Lunatic asylums Central Provinces reports 1895-1909 - 1895-1909
Year: 1895
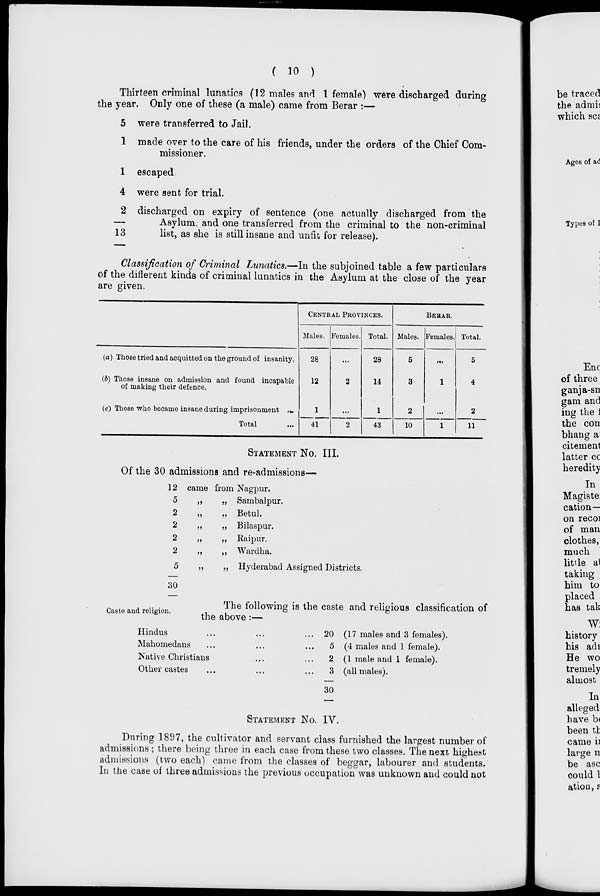
( 10 )
Thirteen criminal lunatics (12 males and 1 female) were discharged during
the year. Only one of these (a male) came from Berar :—
5
1
1
4
2
13
were transferred to Jail.
made over to the care of his friends, under the orders of the Chief Com-
missioner.
escaped
were sent for trial.
discharged on expiry of sentence (one actually discharged from the
Asylum, and one transferred from the criminal to the non-criminal
list, as she is still insane and unfit for release).
Classification of Criminal Lunatics.—In the subjoined table a few particulars
of the different kinds of criminal lunatics in the Asylum at the close of the year
are given.
(a) Those tried and acquitted on the ground of insanity,
(b) Those insane on admission and found incapable
of making their defence.
(c) Those who became insane during imprisonment ...
Total ...
CENTRAL PROVINCES.
Males.
28
12
1
41
Females.
...
2
...
2
Total.
28
14
1
43
BERAR
Males.
5
3
2
10
Females.
...
1
...
1
Total.
5
4
2
11
STATEMENT NO. III.
Of the 30 admissions and re-admissions—
12
5
2
2
2
2
5
30
came
„
„
„
„
„
„
from
„
„
„
„
„
„
Nagpur.
Sambalpur.
Betul.
Bilaspur.
Raipur.
Wardha.
Hyderabad Assigned Districts.
Caste and religion.
The following is the caste and religious classification of
the above :—
Hindus ... ... ...
Mahomedans ... ... ...
Native Christians ... ...
Other castes ... ... ...
20
5
2
3
30
(17 males and 3 females).
(4 males and 1 female).
(1 male and 1 female).
(all males).
STATEMENT NO. IV.
During 1897, the cultivator and servant class furnished the largest number of
admissions ; there being three in each case from these two classes. The next highest
admissions (two each) came from the classes of beggar, labourer and students.
In the case of three admissions the previous occupation was unknown and could not